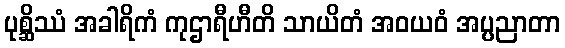
ပုစ္ဆိဿံ အခါရိကံ ကုဌာရီဟီတိ သာယိတံ အဝယဝံ အပ္ပညာတာ